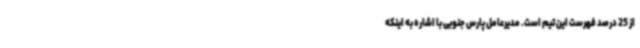
از 25 درصد فهرست این تیم است. مدیرعامل پارس جنوبی با اشاره به اینکه